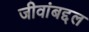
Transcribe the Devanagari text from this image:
जीवांबद्दल